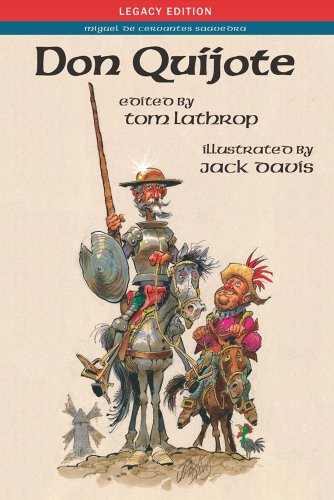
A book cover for Don Quijote: Legacy Edition (Cervantes & Co.) (Spanish Edition) (European Masterpieces, Cervantes & Co. Spanish Classics); Miguel de Cervantes Saavedra; Literature & Fiction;